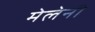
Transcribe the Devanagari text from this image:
मेलेनी